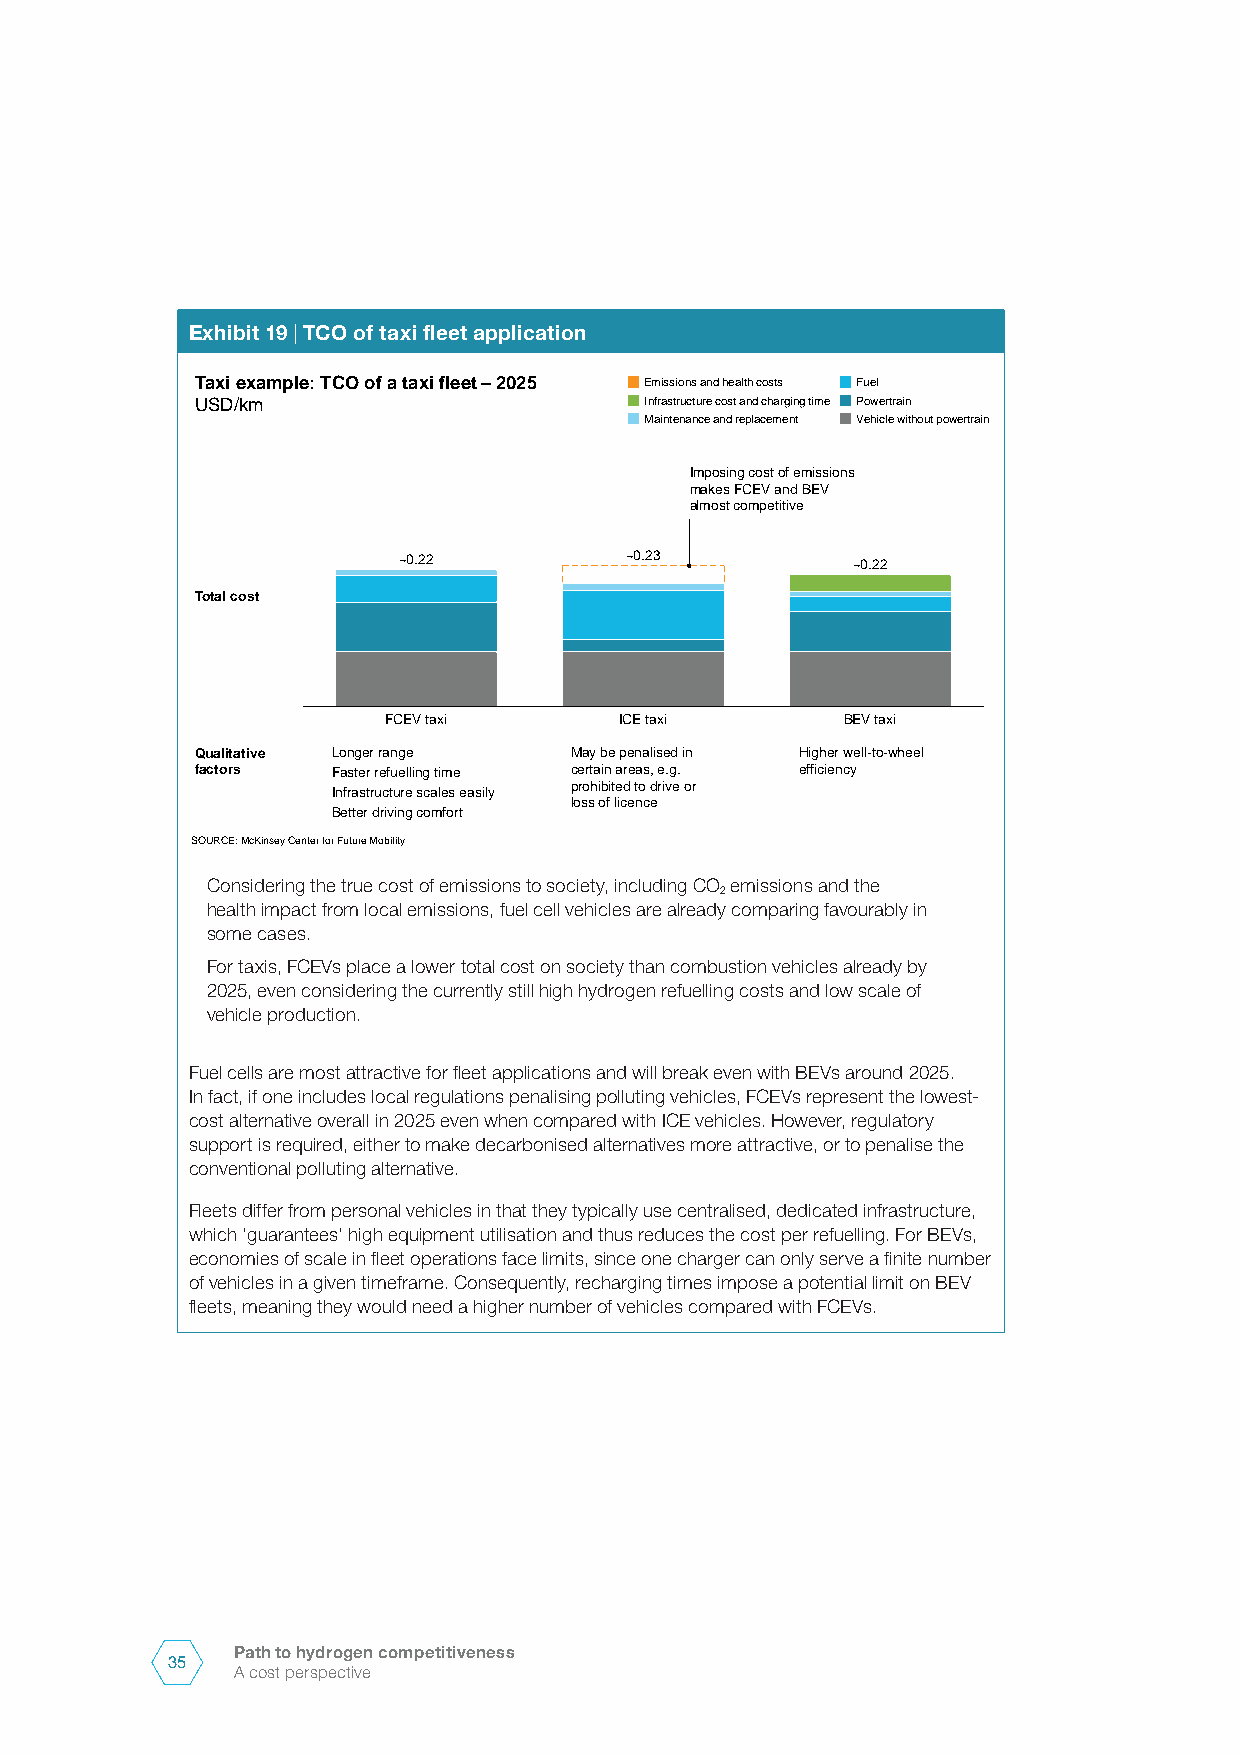
Exhibit 19 | TCO of taxi fleet application
 Taxi example: TCO of a taxi fleet–2025 Emissions and health costs Fuel
 USD/km                        Infrastructure cost and charging time Powertrain
 Maintenance and replacement Vehicle without powertrain
 Imposing cost of emissions
 makes FCEV and BEV
 almost competitive
 ~0.22          ~0.23          ~0.22
 Total cost
 FCEV taxi       ICE taxi       BEV taxi
 Qualitative Longer range May be penalised in Higher well-to-wheel
 factors  Faster refuelling time certain areas, e.g. efficiency
 prohibited to drive or
 Infrastructure scales easily
 loss of licence
 Better driving comfort
 SOURCE: McKinsey Center for Future Mobility
 Considering the true cost of emissions to society, including CO emissions and the
 2
 health impact from local emissions, fuel cell vehicles are already comparing favourably in
 some cases.
 For taxis, FCEVs place a lower total cost on society than combustion vehicles already by
 2025, even considering the currently still high hydrogen refuelling costs and low scale of
 vehicle production.
 Fuel cells are most attractive for fleet applications and will break even with BEVs around 2025.
 In fact, if one includes local regulations penalising polluting vehicles, FCEVs represent the lowest-
 cost alternative overall in 2025 even when compared with ICE vehicles. However, regulatory
 support is required, either to make decarbonised alternatives more attractive, or to penalise the
 conventional polluting alternative.
 Fleets differ from personal vehicles in that they typically use centralised, dedicated infrastructure,
 which ‘guarantees’ high equipment utilisation and thus reduces the cost per refuelling. For BEVs,
 economies of scale in fleet operations face limits, since one charger can only serve a finite number
 of vehicles in a given timeframe. Consequently, recharging times impose a potential limit on BEV
 fleets, meaning they would need a higher number of vehicles compared with FCEVs.
 Path to hydrogen competitiveness
 35
 A cost perspective